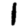
Digit: 1